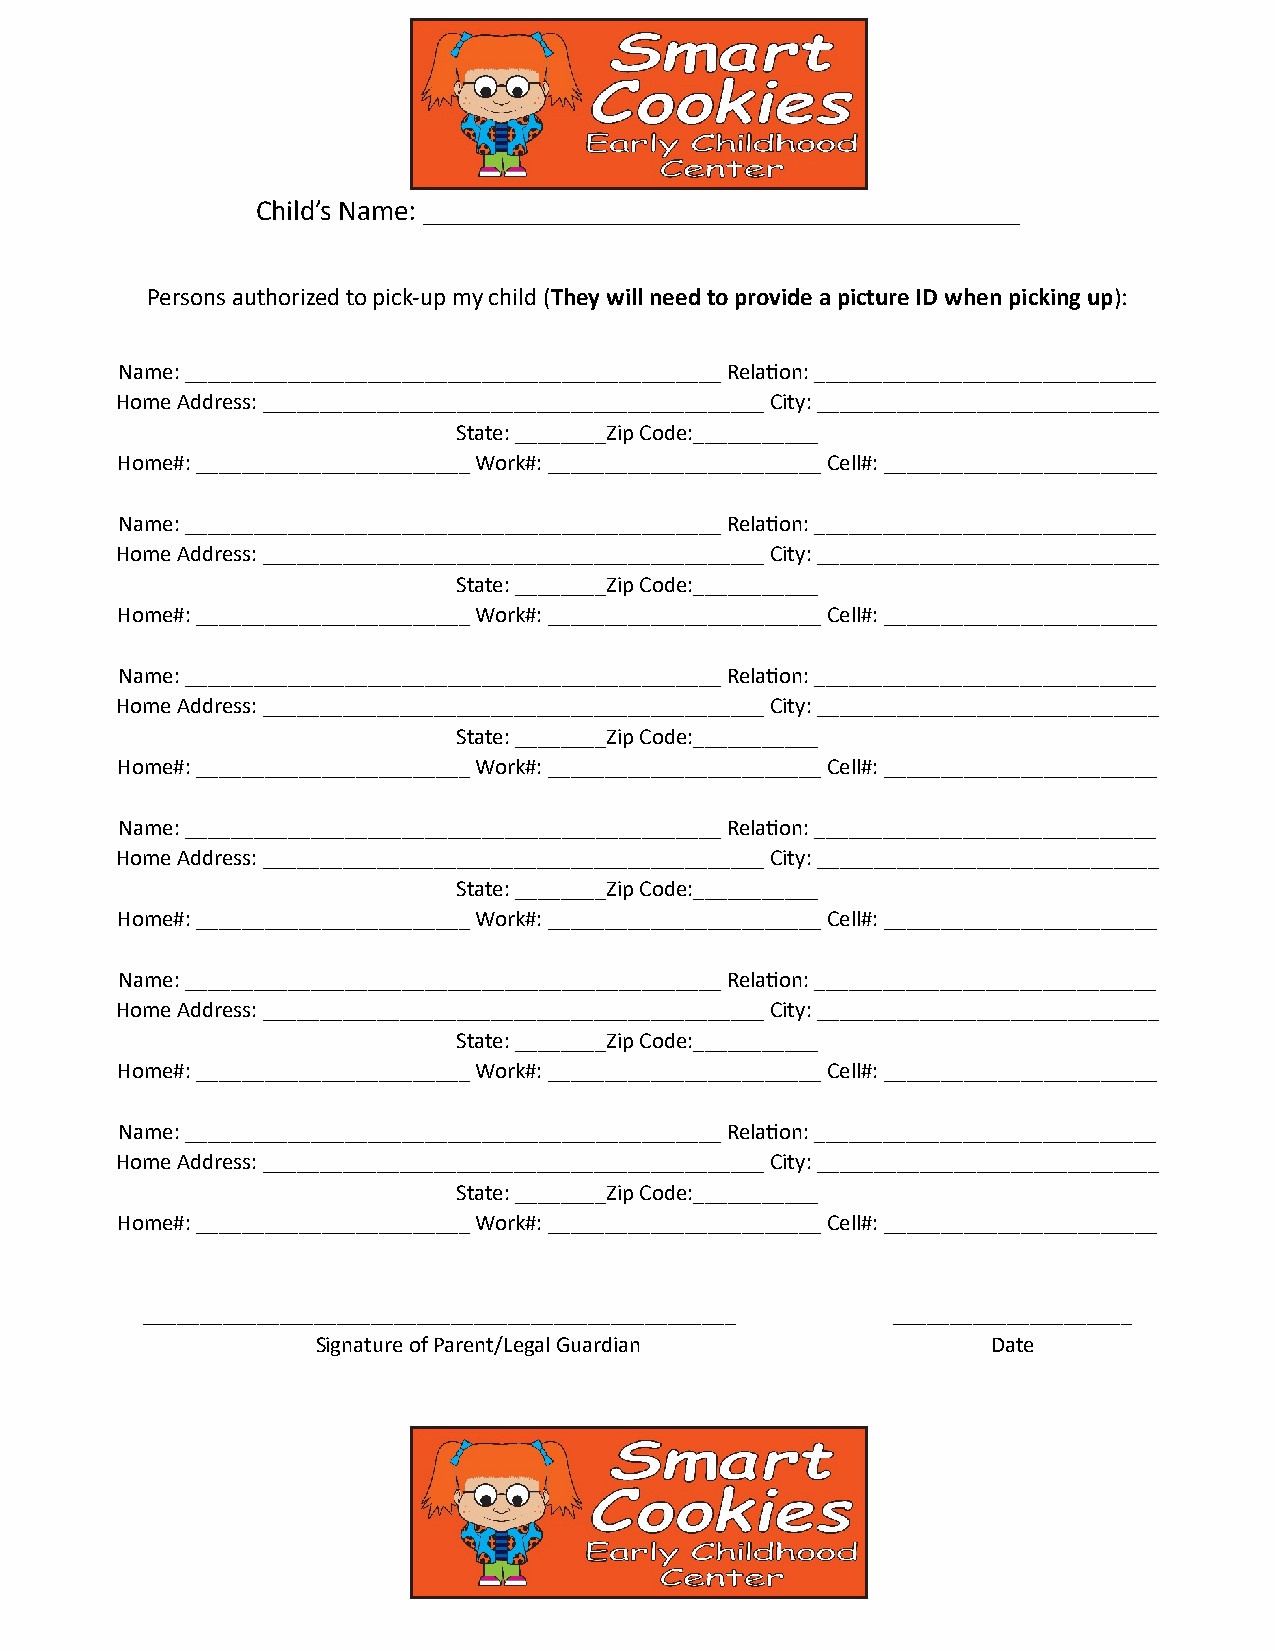
Authorized to Pick Up Form
 Child’s Name: _________________________________________
 Persons authorized to pick-up my child (They will need to provide a picture ID when picking up):
 Name: _______________________________________________ Rela;on: ______________________________
 Home Address: ____________________________________________ City: ______________________________
 State: ________Zip Code:___________
 Home#: ________________________ Work#: ________________________ Cell#: ________________________
 Name: _______________________________________________ Rela;on: ______________________________
 Home Address: ____________________________________________ City: ______________________________
 State: ________Zip Code:___________
 Home#: ________________________ Work#: ________________________ Cell#: ________________________
 Name: _______________________________________________ Rela;on: ______________________________
 Home Address: ____________________________________________ City: ______________________________
 State: ________Zip Code:___________
 Home#: ________________________ Work#: ________________________ Cell#: ________________________
 Name: _______________________________________________ Rela;on: ______________________________
 Home Address: ____________________________________________ City: ______________________________
 State: ________Zip Code:___________
 Home#: ________________________ Work#: ________________________ Cell#: ________________________
 Name: _______________________________________________ Rela;on: ______________________________
 Home Address: ____________________________________________ City: ______________________________
 State: ________Zip Code:___________
 Home#: ________________________ Work#: ________________________ Cell#: ________________________
 Name: _______________________________________________ Rela;on: ______________________________
 Home Address: ____________________________________________ City: ______________________________
 State: ________Zip Code:___________
 Home#: ________________________ Work#: ________________________ Cell#: ________________________
 ____________________________________________________ _____________________
 Signature of Parent/Legal Guardian           Date